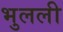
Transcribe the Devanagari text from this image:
भुलली